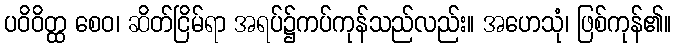
ပဝိဝိတ္ထ စေဝ၊ ဆိတ်ငြိမ်ရာ အရပ်၌ကပ်ကုန်သည်လည်း။ အဟေသုံ၊ ဖြစ်ကုန်၏။